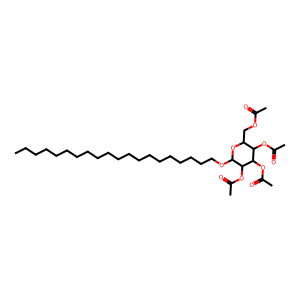
SMILES: CCCCCCCCCCCCCCCCCCCCOC1OC(COC(C)=O)C(OC(C)=O)C(OC(C)=O)C1OC(C)=O
Inhibits HIV replication: No